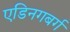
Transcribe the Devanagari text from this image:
एडिनगबर्ग